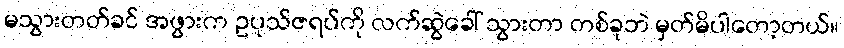
မသွားတတ်ခင် အဖွားက ဥပုသ်ဇရပ်ကို လက်ဆွဲခေါ် သွားတာ တစ်ခုဘဲ မှတ်မိပါတော့တယ်။